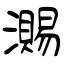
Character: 瀃